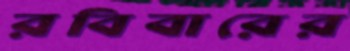
রবিবারের